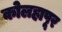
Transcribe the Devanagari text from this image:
कोलहापूर